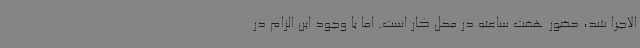
الاجرا شد، حضور هفت ساعته در محل کار است. اما با وجود این الزام در